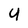
Character: U